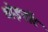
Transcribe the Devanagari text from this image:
थोइनॉट